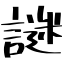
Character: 謎